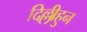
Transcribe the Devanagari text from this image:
दिल्लीहुन